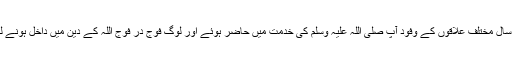
اسی سال مختلف علاقوں کے وفود آپ صلی اللہ علیہ وَسلم کی خدمت میں حاضر ہوئے اور لوگ فوج در فوج اللہ کے دین میں داخل ہونے لگے۔